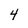
Character: 4